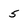
Character: 5